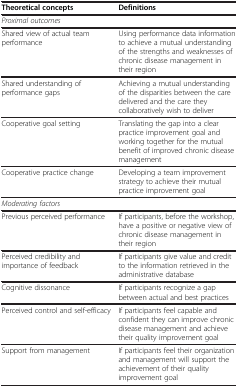
<table><thead><tr><td><b>Theoretical concepts</b></td><td><b>Definitions</b></td></tr></thead><tbody><tr><td colspan="2"><i>Proximal outcomes</i></td></tr><tr><td>Shared view of actual team performance</td><td>Using performance data information to achieve a mutual understanding of the strengths and weaknesses of chronic disease management in their region</td></tr><tr><td>Shared understanding of performance gaps</td><td>Achieving a mutual understanding of the disparities between the care delivered and the care they collaboratively wish to deliver</td></tr><tr><td>Cooperative goal setting</td><td>Translating the gap into a clear practice improvement goal and working together for the mutual benefit of improved chronic disease management</td></tr><tr><td>Cooperative practice change</td><td>Developing a team improvement strategy to achieve their mutual practice improvement goal</td></tr><tr><td colspan="2"><i>Moderating factors</i></td></tr><tr><td>Previous perceived performance</td><td>If participants, before the workshop, have a positive or negative view of chronic disease management in their region</td></tr><tr><td>Perceived credibility and importance of feedback</td><td>If participants give value and credit to the information retrieved in the administrative database</td></tr><tr><td>Cognitive dissonance</td><td>If participants recognize a gap between actual and best practices</td></tr><tr><td>Perceived control and self-efficacy</td><td>If participants feel capable and confident they can improve chronic disease management and achieve their quality improvement goal</td></tr><tr><td>Support from management</td><td>If participants feel their organization and management will support the achievement of their quality improvement goal</td></tr></tbody></table>